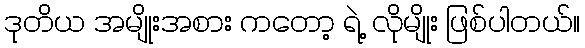
ဒုတိယ အမျိုးအစား ကတော့ ရဲ့ လိုမျိုး ဖြစ်ပါတယ်။